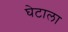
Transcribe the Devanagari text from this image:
घेटाला